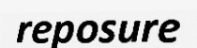
reposure